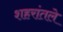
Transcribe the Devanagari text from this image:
शहरांतले